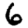
Digit: 6